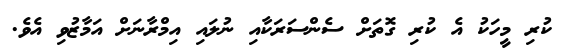
ކުރި މީހަކު އެ ކުރި ގޮތަށް ސެންސަރަކާއި ނުލައި އިމްރާނަށް އަމާޒުވި އެވެ.